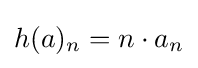
h(a)_{n}=n\cdot a_{n}